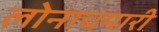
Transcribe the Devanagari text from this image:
लोनाचमारी